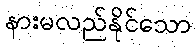
နားမလည်နိုင်သော